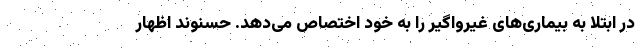
در ابتلا به بیماری‌های غیرواگیر را به خود اختصاص می‌دهد. حسنوند اظهار